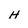
Character: H